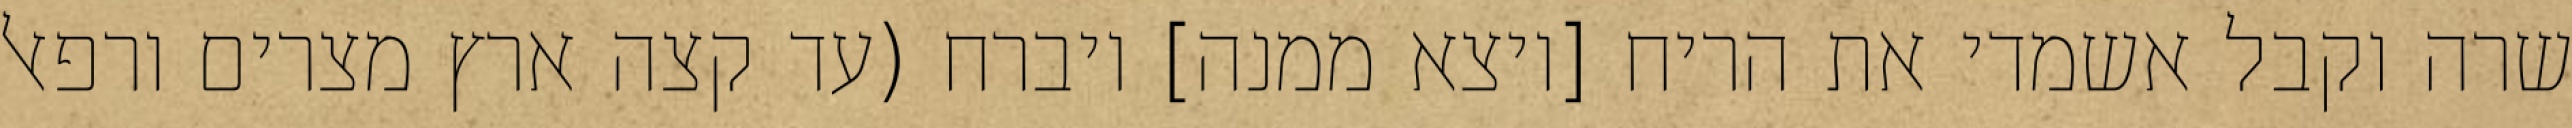
שרה וקבל אשמדי את הריח [ויצא ממנה] ויברח (עד קצה ארץ מצרים ורפאל